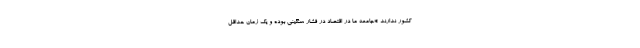
کشور ندارند *جامعه ما در اقتصاد در فشار سنگینی بوده و یک زمان حداقل